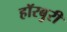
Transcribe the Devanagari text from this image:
हॉरबुरी